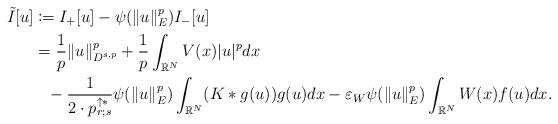
LaTeX: \begin{align*}\tilde{I}[u] &\coloneqq I_{+}[u] -\psi(\|u\|_E^p) I_{-}[u] \\&=\frac{1}{p}\|u\|_{D^{s,p}}^p+ \frac{1}{p}\int_{\mathbb{R}^N}V(x)|u|^p dx \\&\phantom{=} -\frac{1}{2\cdot p_{r;s}^{\uparrow *}} \psi(\|u\|_E^p)\int_{\mathbb{R}^N}(K\ast g(u))g(u)dx-\varepsilon_W \psi(\|u\|_E^p)\int_{\mathbb{R}^N}W(x)f(u)dx.\end{align*}